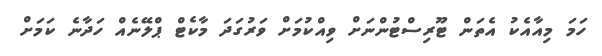
ހަމަ މިއާއެކު އެތަން ޓޫރިސްޓުންނަށް ވިއްކުމަށް ވަރުގަދަ މާކެޓް ޕްލޭނެއް ހަދާނެ ކަމަށް